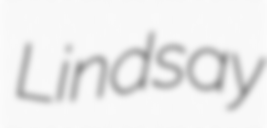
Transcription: Lindsay